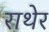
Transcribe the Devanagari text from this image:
राथेर